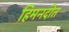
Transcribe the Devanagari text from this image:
हिमनदीत